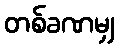
တစ်ခဏမျှ